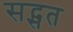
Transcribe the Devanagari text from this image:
सद्सत